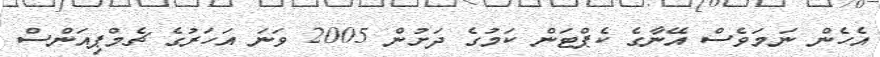
އެހެން ނަމަވެސް އޭނާގެ ކެޕްޓަން ކަމުގެ ދަށުން 2005 ވަނަ އަހަރުގެ ޗެމްޕިއަންސް